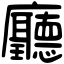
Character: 廳